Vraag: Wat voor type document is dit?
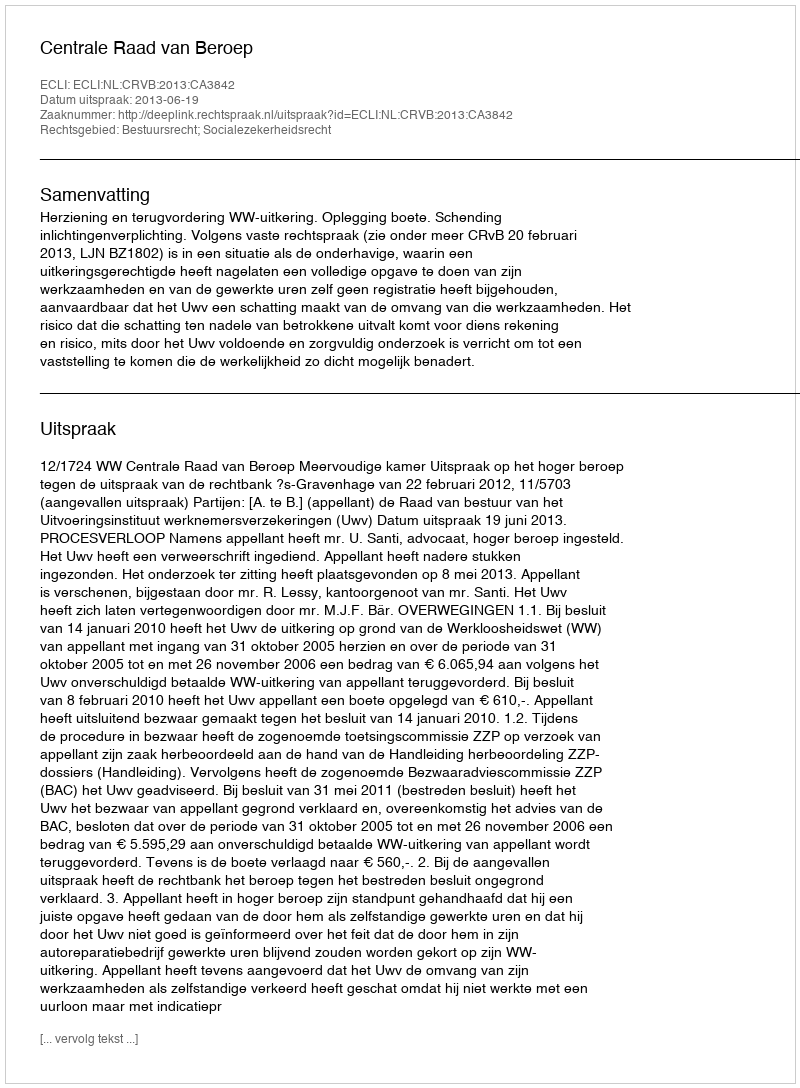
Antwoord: Uitspraak